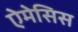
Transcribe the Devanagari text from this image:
ऐमेसिस